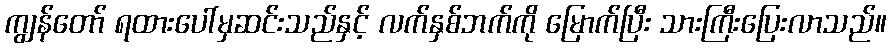
ကျွန်တော် ရထားပေါ်မှဆင်းသည်နှင့် လက်နှစ်ဘက်ကို မြောက်ပြီး သားကြီးပြေးလာသည်။